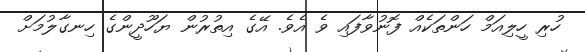
ހުރި ހީލިއަމް ހަންތަކެއް ފޮނުވާފައި ވެ އެވެ. އޭގެ އިތުރުން ޔަހޫދީންގެ ހިނގާލުމަށް